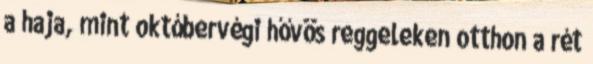
a haja, mint októbervégi hővös reggeleken otthon a rét